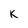
Character: k